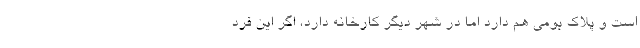
است و پلاک بومی هم دارد اما در شهر دیگر کارخانه دارد، اگر این فرد